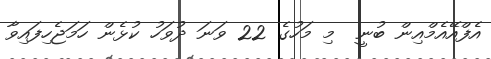
އެފްއޭއެމްއިން ބުނީ  މި މަހުގެ 22 ވަނަ ދުވަހު ކުޅެން ހަމަޖެހިފައިވާ